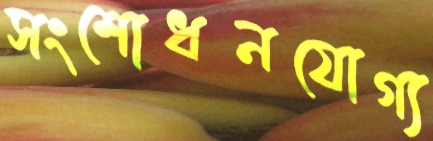
সংশোধনযোগ্য